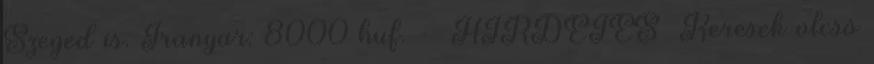
Szeged is. Iranyar: 8000 huf. - HIRDETES Keresek olcsó